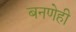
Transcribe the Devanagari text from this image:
बनणेही